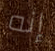
إنه